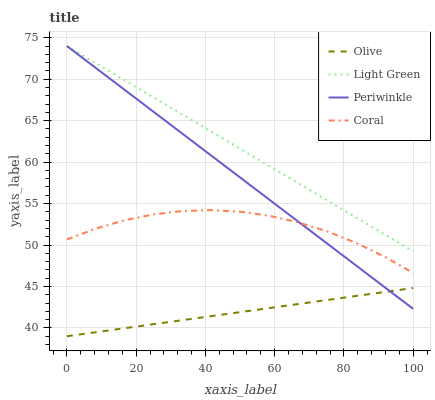
| xaxis_label | Olive | Light Green | Periwinkle | Coral |
 | --- | --- | --- | --- | --- |
 | 0 | 39 | 74 | 74 | 50.7 |
 | 8.33 | 39.5 | 71.9 | 71.4 | 52 |
 | 16.7 | 40 | 69.9 | 68.7 | 53 |
 | 25 | 40.5 | 67.8 | 66.1 | 53.7 |
 | 33.3 | 40.9 | 65.7 | 63.4 | 54.1 |
 | 41.7 | 41.4 | 63.7 | 60.8 | 54.2 |
 | 50 | 41.9 | 61.6 | 58.2 | 54 |
 | 58.3 | 42.4 | 59.6 | 55.5 | 53.5 |
 | 66.7 | 42.9 | 57.5 | 52.9 | 52.8 |
 | 75 | 43.4 | 55.4 | 50.2 | 51.7 |
 | 83.3 | 43.8 | 53.4 | 47.6 | 50.3 |
 | 91.7 | 44.3 | 51.3 | 44.9 | 48.6 |
 | 100 | 44.8 | 49.2 | 42.3 | 46.6 |